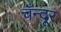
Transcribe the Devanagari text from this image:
चँन्दूर